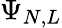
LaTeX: \Psi_{N,L}